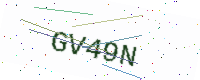
Text: GV49N